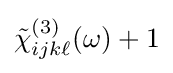
{\tilde {\chi }}_{ijk\ell }^{(3)}(\omega )+1